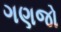
ગણજો